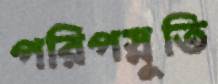
পরিপস্নুতি